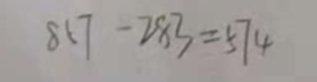
8 1 7 - 2 8 3 = 5 7 4